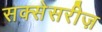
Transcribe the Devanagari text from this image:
सक्सेसरीज़